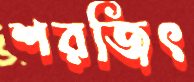
শরজিৎ